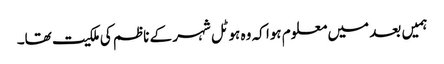
ہمیں بعد میں معلوم ہوا کہ وہ ہوٹل شہر کے ناظم کی ملکیت تھا۔